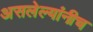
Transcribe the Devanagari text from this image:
असलेल्यांनीच